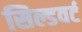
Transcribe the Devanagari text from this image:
सिल्डवर्ट